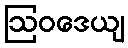
ဩဝဒေယျ